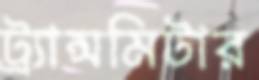
ট্র্যান্সমিটার